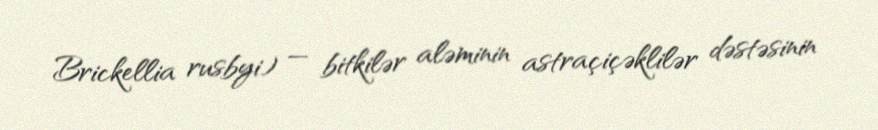
Brickellia rusbyi) — bitkilər aləminin astraçiçəklilər dəstəsinin